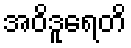
အဝိဒူရေတိ